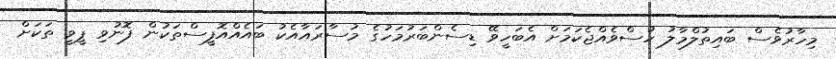
މިހާރުވެސް ބައިތުލްމާލު ހުސްވެއްޖެކަމަށް އެބަހީވޭ ޑިސެންބަރުމަހުގެ މުސާރައާއެކު ބައެއްއޮފީސްތަކުން ފޮނުވި ޕީވީ ތަކަށް